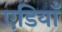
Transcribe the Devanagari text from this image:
एडियाँ